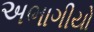
અભાગીયો